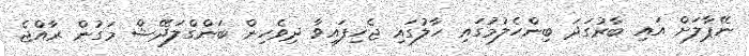
ނޭޕާލަށް އައި ބާރުގަދަ ބިންހެލުމުގައި ހާލުގައި ޖެހިފައިވާ ދިވެހިން ބަންގްލަދޭޝް މަގުން ރާއްޖެ